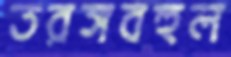
তরঙ্গবহুল